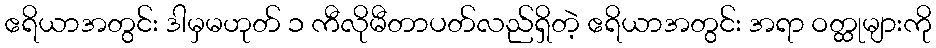
ဧရိယာအတွင်း ဒါမှမဟုတ် ၁ ကီလိုမီတာပတ်လည်ရှိတဲ့ ဧရိယာအတွင်း အရာ ဝတ္ထုများကို